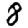
Digit: 8